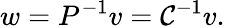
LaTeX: w=P^{-1}v=\mathcal{C}^{-1}v.